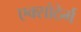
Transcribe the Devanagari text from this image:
एक्सोठेर्म